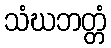
သံဃဘတ္တံ